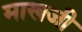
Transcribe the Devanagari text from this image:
माखजी